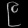
Digit: ၉